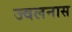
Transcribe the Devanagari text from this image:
ज्वलनास